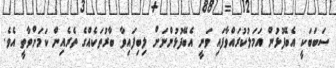
ސަބަބަކީ އެބޭފުޅުން އަމަލުކުރައްވާފައި ވަނީ އެބޭފުޅުންނަށް ލިބިފައިވާ ބާރުތަކެއްގެ ތެރެއިން ކަމަށްވާތީ އެވެ.